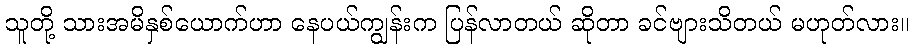
သူတို့ သားအမိနှစ်ယောက်ဟာ နေပယ်ကျွန်းက ပြန်လာတယ် ဆိုတာ ခင်ဗျားသိတယ် မဟုတ်လား။